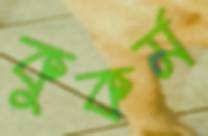
কুকর্ম